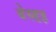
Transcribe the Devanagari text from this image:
बेस्डह